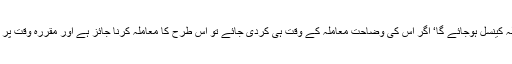
۱۳- قسطوں پر زمین کی خریداری کی یہ شکل کہ ’اگر متعینہ مدت تک قیمت ادا نہیں کی گئی تو معاملہ کینسل ہوجائے گا‘ اگر اس کی وضاحت معاملہ کے وقت ہی کردی جائے تو اس طرح کا معاملہ کرنا جائز ہے اور مقررہ وقت پر پوری قسطیں ادا نہ کرنے کی صورت میں اس کو صرف اپنی جمع کردہ قسطوں کی واپسی کا حق ہوگا۔